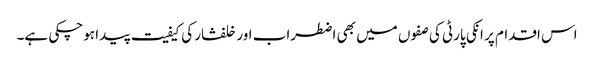
اس اقدام پر انکی پارٹی کی صفوں میں بھی اضطراب اور خلفشار کی کیفیت پیدا ہوچکی ہے۔